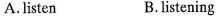
A.listen B.listening